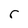
Character: r